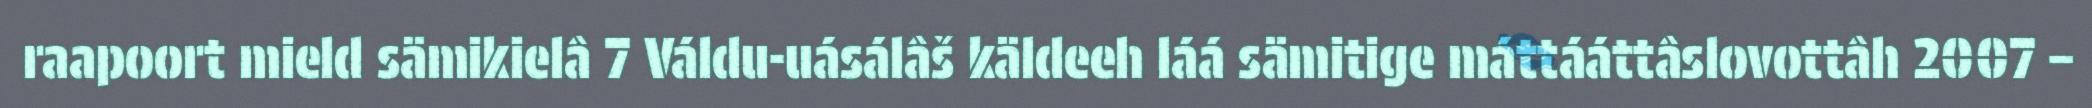
raapoort mield sämikielâ 7 Váldu-uásálâš käldeeh láá sämitige máttááttâslovottâh 2007 –